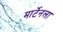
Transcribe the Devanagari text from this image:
मार्टेनला